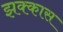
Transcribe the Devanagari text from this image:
झक्कास